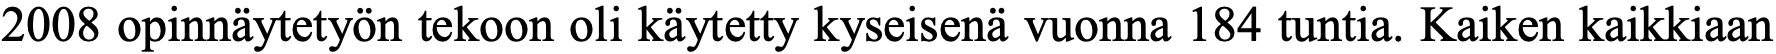
2008 opinnäytetyön tekoon oli käytetty kyseisenä vuonna 184 tuntia. Kaiken kaikkiaan